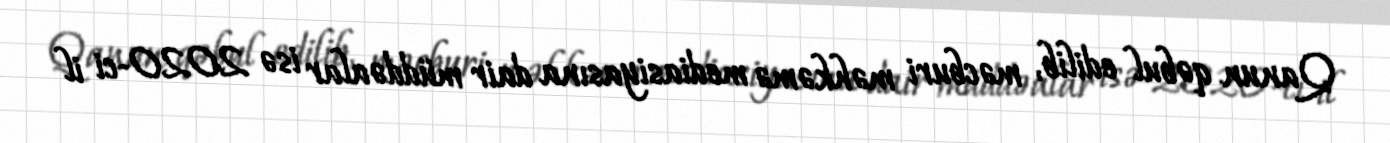
Qanun qəbul edilib, məcburi məhkəmə mediasiyasına dair müddəalar isə 2020-ci il